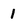
Character: 1